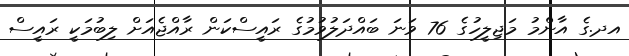
އދ.ގެ އާންމު މަޖިލީހުގެ 76 ވަނަ ބައްދަލުވުމުގެ ރައީސްކަން ރާއްޖެއަށް ލިބުމަކީ ރައީސް